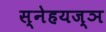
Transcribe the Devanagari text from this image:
स्नेहयज्ञ